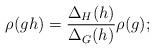
LaTeX: \begin{align*} \rho(gh) = \frac{\Delta_H(h)}{\Delta_G(h)} \rho(g); \end{align*}